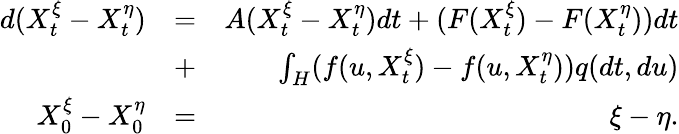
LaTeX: \begin{array}{rlr}{d(X_{t}^{\xi}-X_{t}^{\eta})}&{=}&{A(X_{t}^{\xi}-X_{t}^{\eta})dt+(F(X_{t}^{\xi})-F(X_{t}^{\eta}))dt}\\ &{+}&{\int_{H}(f(u,X_{t}^{\xi})-f(u,X_{t}^{\eta}))q(dt,du)}\\ {X_{0}^{\xi}-X_{0}^{\eta}}&{=}&{\xi-\eta.}\end{array}